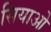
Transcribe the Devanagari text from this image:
सियाओ